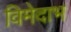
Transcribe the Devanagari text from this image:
विमेदाभ